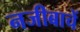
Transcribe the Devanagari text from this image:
नजीबाचें